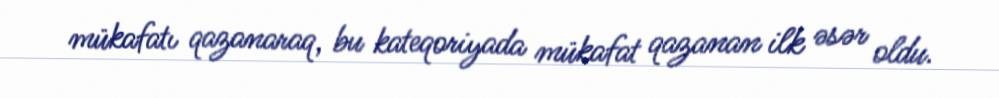
mükafatı qazanaraq, bu kateqoriyada mükafat qazanan ilk əsər oldu.